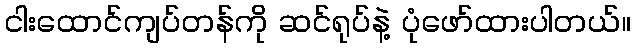
ငါးထောင်ကျပ်တန်ကို ဆင်ရုပ်နဲ့ ပုံဖော်ထားပါတယ်။